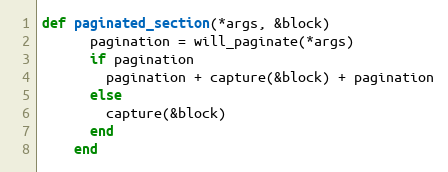
Language: Ruby
def paginated_section(*args, &block)
      pagination = will_paginate(*args)
      if pagination
        pagination + capture(&block) + pagination
      else
        capture(&block)
      end
    end